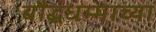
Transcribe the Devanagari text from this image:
बौद्धधम्माच्या